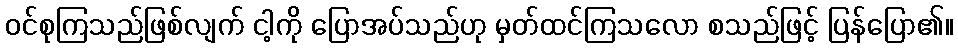
ဝင်စုကြသည်ဖြစ်လျက် ငါ့ကို ပြောအပ်သည်ဟု မှတ်ထင်ကြသလော စသည်ဖြင့် ပြန်ပြော၏။